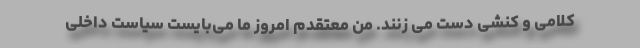
کلامی و کنشی دست می زنند. من معتقدم امروز ما می‌بایست سیاست داخلی